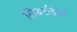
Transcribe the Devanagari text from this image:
लिबर्टाडोर्स